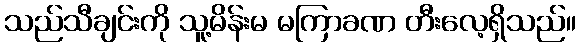
သည်သီချင်းကို သူ့မိန်းမ မကြာခဏ တီးလေ့ရှိသည်။